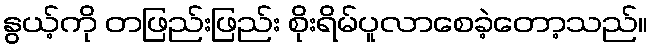
နွယ့်ကို တဖြည်းဖြည်း စိုးရိမ်ပူလာစေခဲ့တော့သည်။